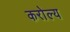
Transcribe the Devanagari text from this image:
करोल्य